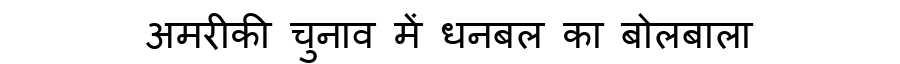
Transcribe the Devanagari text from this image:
अमरीकी चुनाव में धनबल का बोलबाला